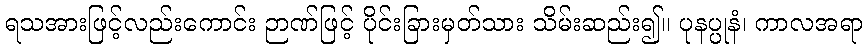
ရသအားဖြင့်လည်းကောင်း ဉာဏ်ဖြင့် ပိုင်းခြားမှတ်သား သိမ်းဆည်း၍။ ပုနပ္ပုနံ၊ ကာလအရာ